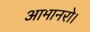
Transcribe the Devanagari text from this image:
आमानरो।